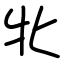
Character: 牝